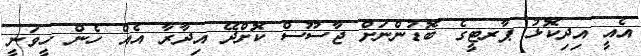
އެއީ އިދިކޮޅު ޕާރޓީގެެ ބޮޑުންނަށް ޖާސޫސް ކޮށްދޭ އިދާރާ އެއް ހެން ހީވަނީ